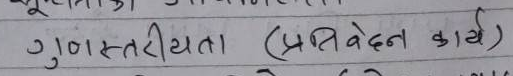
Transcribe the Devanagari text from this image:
गुणस्तरीयता (प्रतिवेदन कार्य)